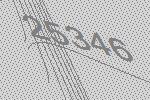
25346